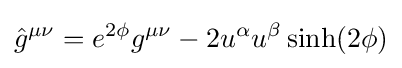
{\hat {g}}^{\mu \nu }=e^{2\phi }g^{\mu \nu }-2u^{\alpha }u^{\beta }\sinh(2\phi )